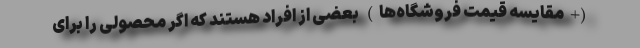
(+مقایسه قیمت فروشگاه‌ها) بعضی از افراد هستند که اگر محصولی را برای